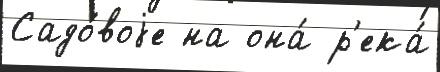
Садо́воjе на она́ р'ека́